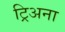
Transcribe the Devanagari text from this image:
ट्रिअना